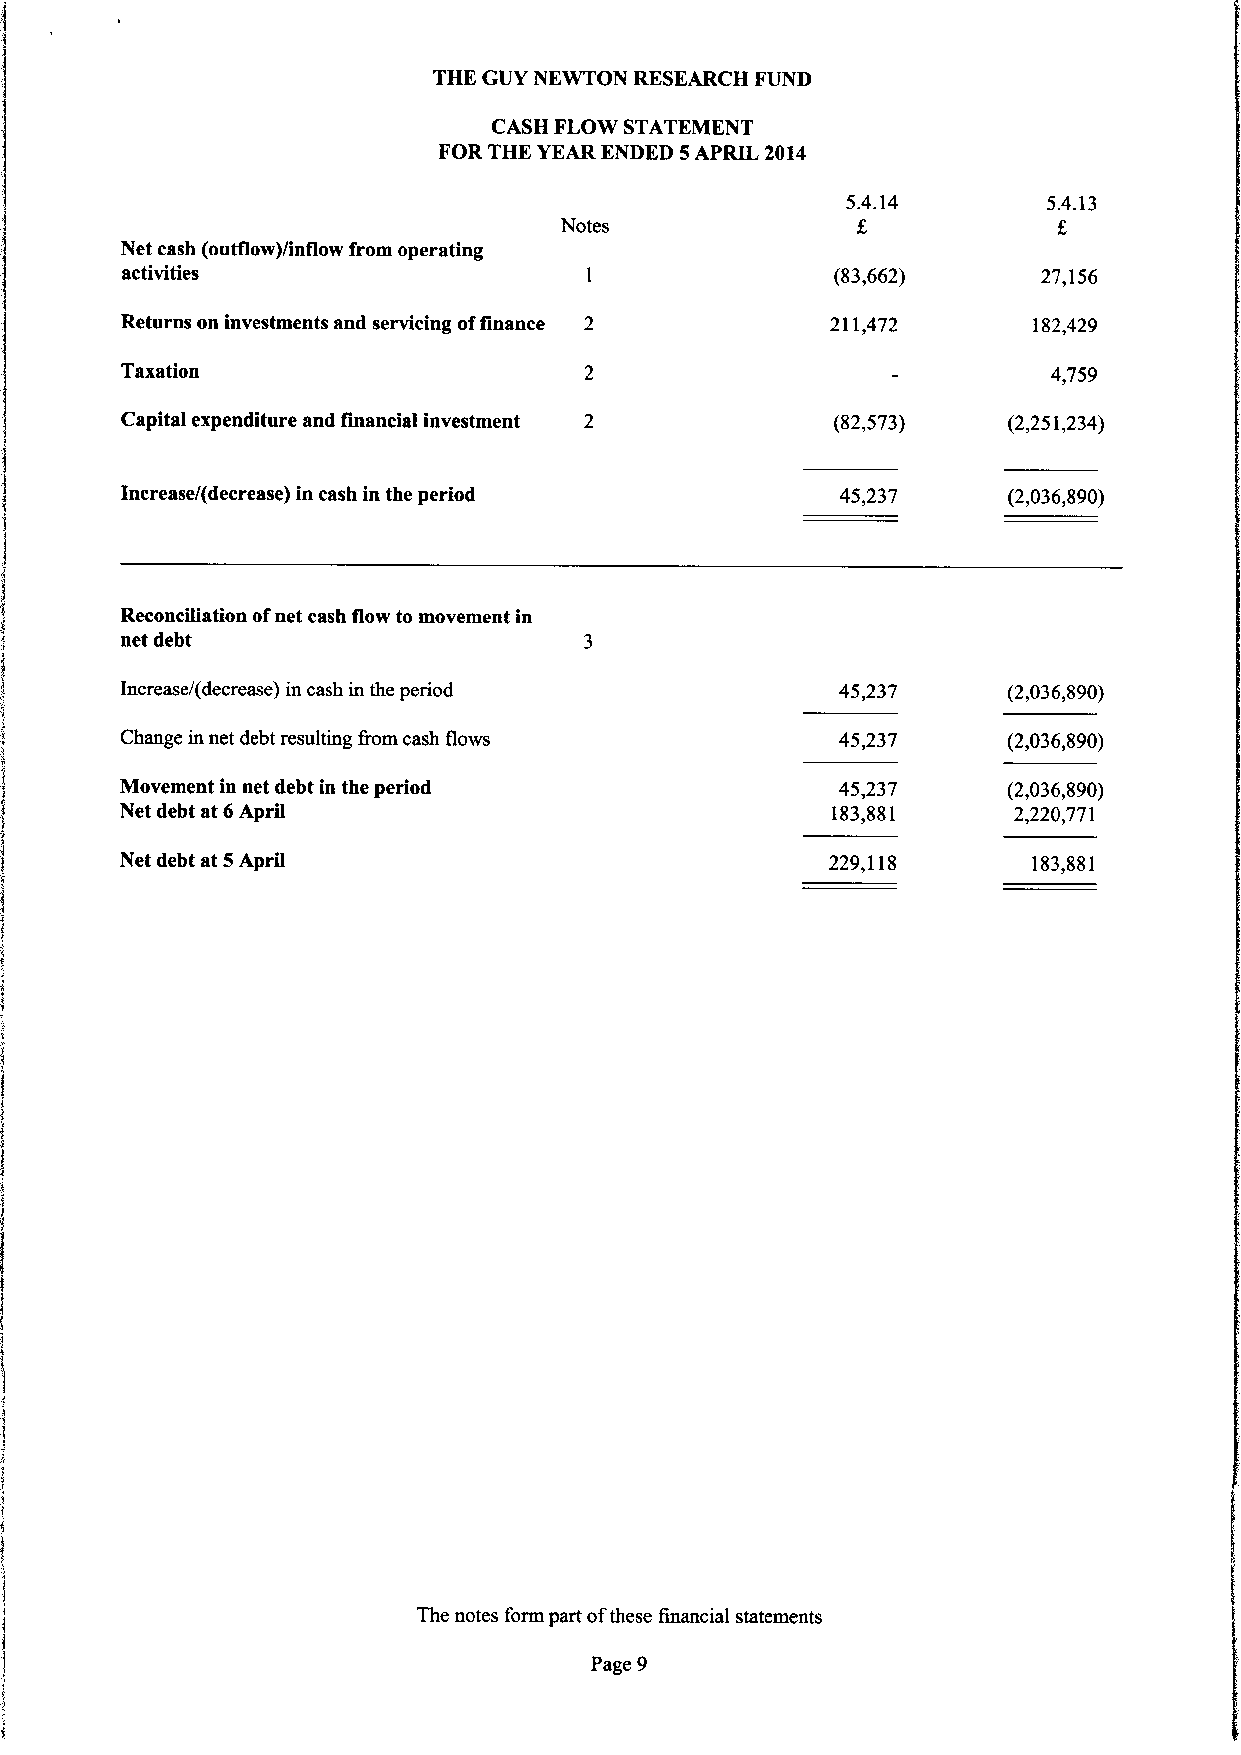
THE GUY NEWTON RESEARCH FUND
 CASH FLOW STATEMENT
 FOR THE YEAR ENDED 5APRIL 2014
 5.4.14       5.4.13
 Notes
 Net cash (outflow)/inflow from operating
 activities                                     (83,662)      27,156
 Returns on investments and servicing offinance 2 211,472    182,429
 Taxation                                                      4,759
 Capital expenditure and financial investment 2 (82,573)    (2,251,234)
 Increase/(decrease) in cash in the period       45,237     (2,036,890)
 Reconciliation ofnet cash flow to movement in
 net debt
 Increase/(decrease) in cash in the period       45,237     (2,036,890)
 Change in net debt resulting from cash flows    45,237     (2,036,890)
 Movement in net debt in the period              45,237     (2,036,890)
 Net debt at 6April                             183,881     2,220,771
 Net debt at 5April                             229,118      183,881
 The notes form part ofthese financial statements
 Page 9